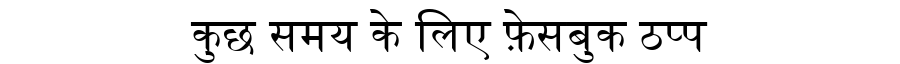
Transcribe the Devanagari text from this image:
कुछ समय के लिए फ़ेसबुक ठप्प